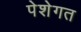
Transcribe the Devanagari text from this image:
पेशेगत